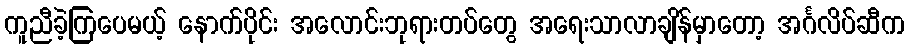
ကူညီခဲ့ကြပေမယ့် နောက်ပိုင်း အလောင်းဘုရားတပ်တွေ အရေးသာလာချိန်မှာတော့ အင်္ဂလိပ်ဆီက